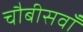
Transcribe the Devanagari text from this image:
चौबीसवाँ